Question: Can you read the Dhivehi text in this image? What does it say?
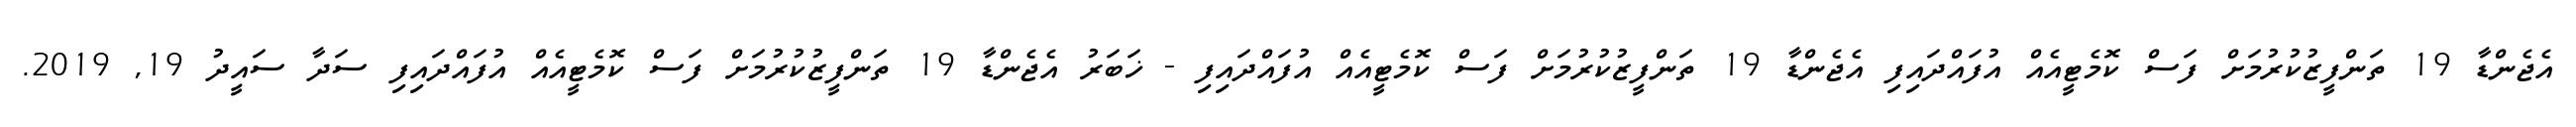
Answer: އެޖެންޑާ 19 ތަންފީޒުކުރުމަށް ފަސް ކޮމެޓީއެއް އުފައްދައިފި އެޖެންޑާ 19 ތަންފީޒުކުރުމަށް ފަސް ކޮމެޓީއެއް އުފައްދައިފި - ޚަބަރު އެޖެންޑާ 19 ތަންފީޒުކުރުމަށް ފަސް ކޮމެޓީއެއް އުފައްދައިފި ސަދާ ސައީދު 19, 2019.